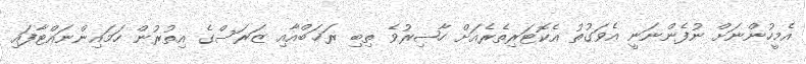
އެމީހުންނަށް ނުފެންނަނީ އެވަގުތު އެކޮޓަރިތެރެއަށް ހާޟިރުވެ ތިބި ރަޚަބްއާއި ޒަރަސްގެ އިތުރުން ހަމައިންނައްޓާފައި